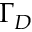
\Gamma _ { D }